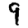
Digit: 9